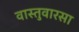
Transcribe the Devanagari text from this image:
वास्तुवारसा